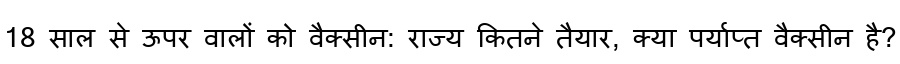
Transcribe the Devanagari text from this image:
18 साल से ऊपर वालों को वैक्सीन: राज्य कितने तैयार, क्या पर्याप्त वैक्सीन है?